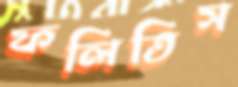
ফলিতিস